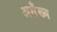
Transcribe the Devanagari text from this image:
असँख्य